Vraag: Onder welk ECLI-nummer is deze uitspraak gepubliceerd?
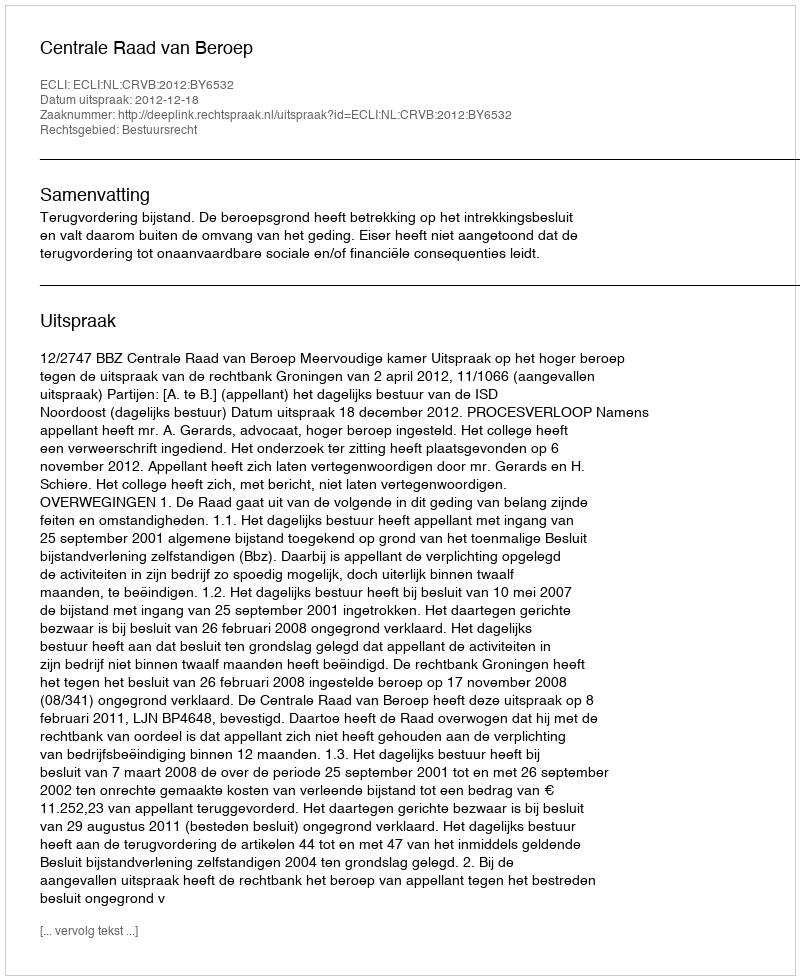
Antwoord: ECLI:NL:CRVB:2012:BY6532